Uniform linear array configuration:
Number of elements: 12
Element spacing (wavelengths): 1
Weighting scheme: binomial
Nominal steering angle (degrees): -15
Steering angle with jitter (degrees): -15.405
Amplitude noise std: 0.05
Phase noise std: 0.05

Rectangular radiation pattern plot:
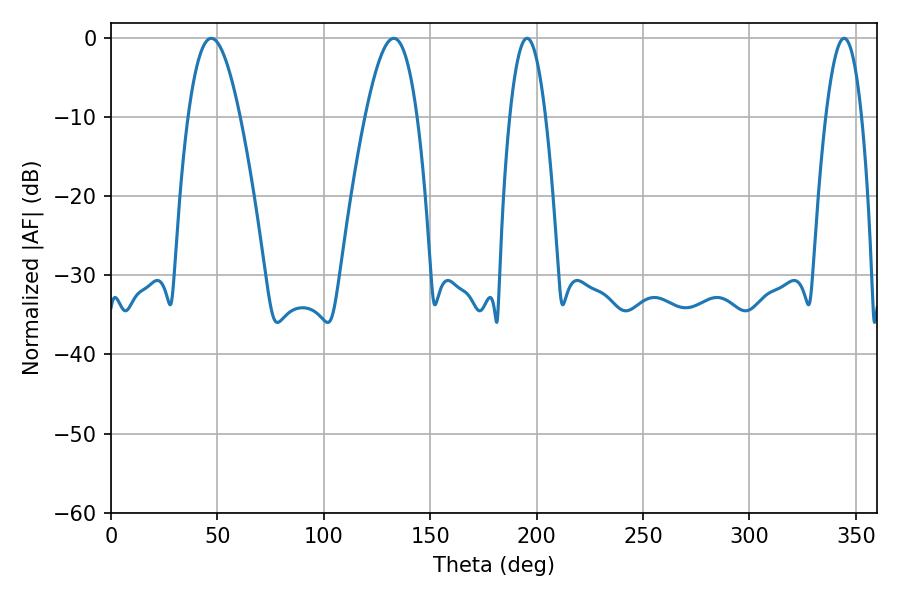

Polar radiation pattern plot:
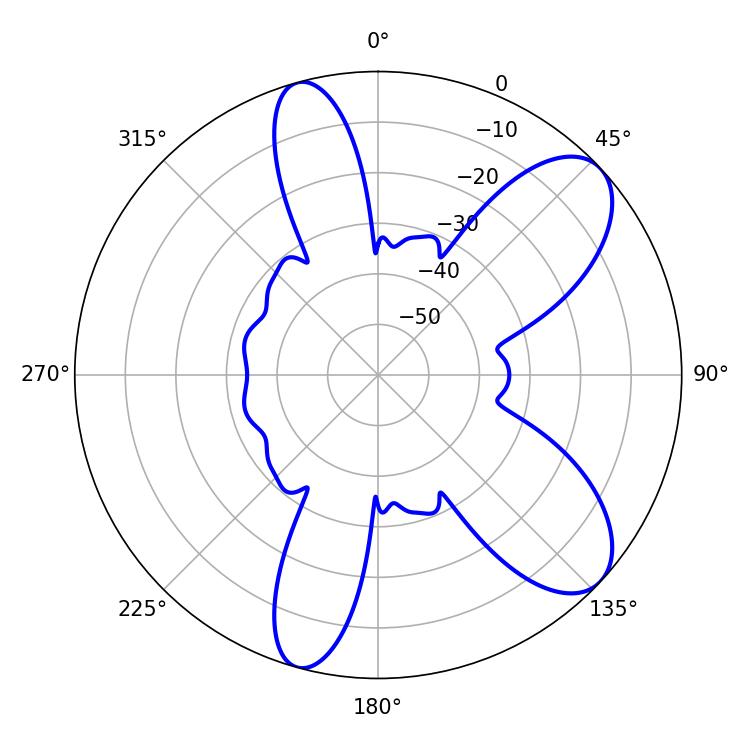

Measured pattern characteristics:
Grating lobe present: TRUE
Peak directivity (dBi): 8.608
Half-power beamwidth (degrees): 9.18
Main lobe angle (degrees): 195.48